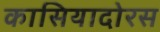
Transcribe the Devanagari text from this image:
कासियादोरस